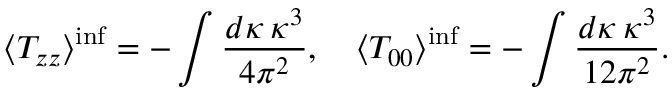
\langle T _ { z z } \rangle ^ { \mathrm { i n f } } = - \int \frac { d \kappa \, \kappa ^ { 3 } } { 4 \pi ^ { 2 } } , \quad \langle T _ { 0 0 } \rangle ^ { \mathrm { i n f } } = - \int \frac { d \kappa \, \kappa ^ { 3 } } { 1 2 \pi ^ { 2 } } .